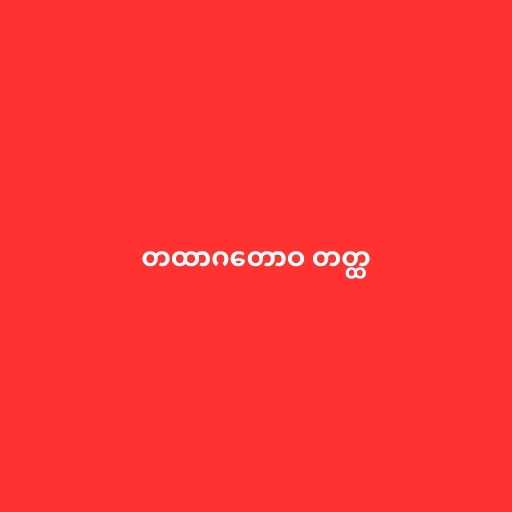
တထာဂတောဝ တတ္ထ